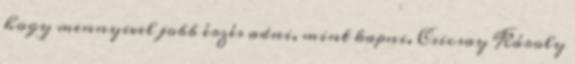
hogy mennyivel jobb érzés adni, mint kapni. Csicsay Károly